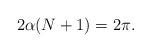
LaTeX: \begin{align*} 2 \alpha (N+1) = 2 \pi. \end{align*}